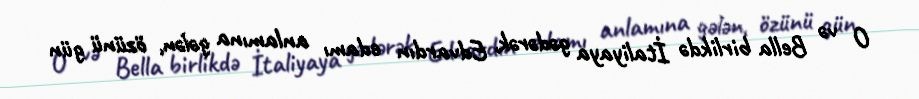
O və Bella birlikdə İtaliyaya gədərək, Edvardın edamı anlamına gələn, özünü gün